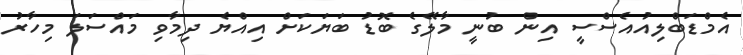
އެމްޑަބްލިއުއެސްސީ އިން ބުނީ މާލޭގެ ބޮޑު ބަޔަކަށް އިއްޔެ ދިމާވި މައްސަލަ މިހާރު